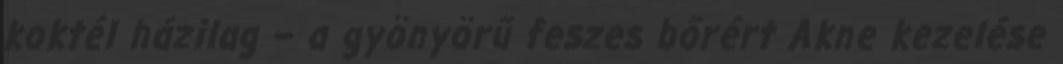
koktél házilag – a gyönyörű feszes bőrért Akne kezelése